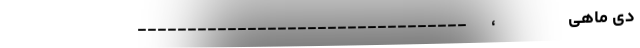
دی ماهی                  ،      _________________________________